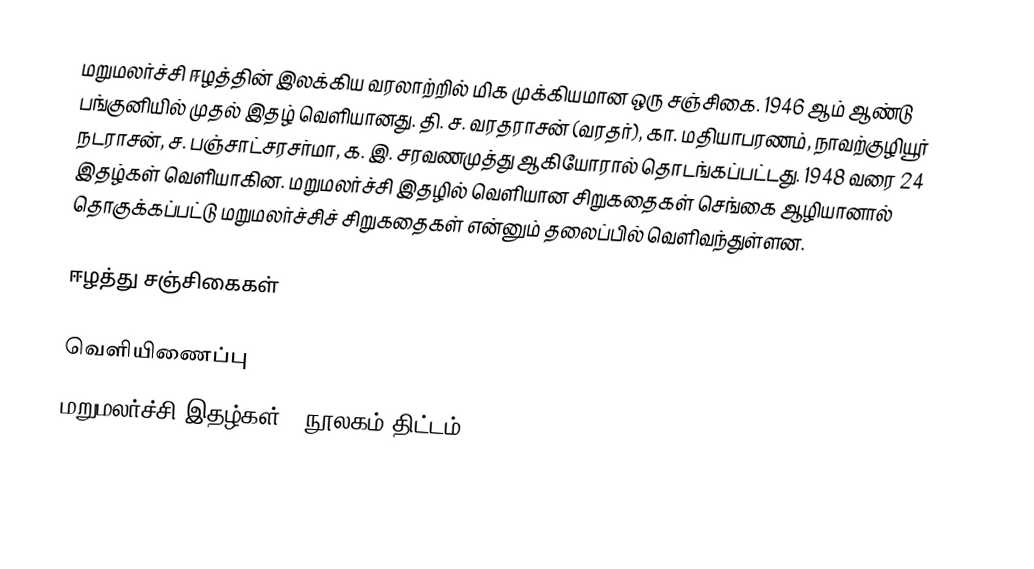
மறுமலர்ச்சி ஈழத்தின் இலக்கிய வரலாற்றில் மிக முக்கியமான ஒரு சஞ்சிகை. 1946 ஆம் ஆண்டு பங்குனியில் முதல் இதழ் வெளியானது. தி. ச. வரதராசன் (வரதர்), கா. மதியாபரணம், நாவற்குழியூர் நடராசன், ச. பஞ்சாட்சரசர்மா, க. இ. சரவணமுத்து ஆகியோரால் தொடங்கப்பட்டது. 1948 வரை 24 இதழ்கள் வெளியாகின. மறுமலர்ச்சி இதழில் வெளியான சிறுகதைகள் செங்கை ஆழியானால் தொகுக்கப்பட்டு மறுமலர்ச்சிச் சிறுகதைகள் என்னும் தலைப்பில் வெளிவந்துள்ளன.

ஈழத்து சஞ்சிகைகள்

வெளியிணைப்பு
மறுமலர்ச்சி இதழ்கள் - நூலகம் திட்டம்